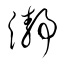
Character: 瀞